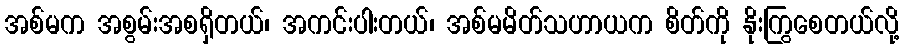
အစ်မက အစွမ်းအစရှိတယ်၊ အကင်းပါးတယ်၊ အစ်မမိတ်သဟာယက စိတ်ကို နိုးကြွစေတယ်လို့